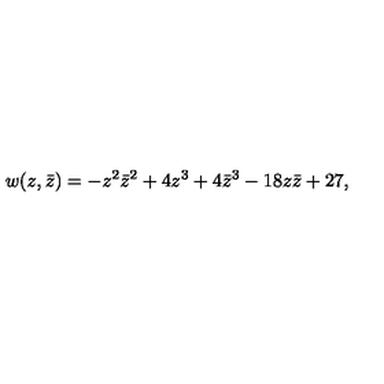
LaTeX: w ( z , \bar { z } ) = - z ^ { 2 } \bar { z } ^ { 2 } + 4 z ^ { 3 } + 4 \bar { z } ^ { 3 } - 1 8 z \bar { z } + 2 7 ,